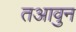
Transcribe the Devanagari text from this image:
तआवुन